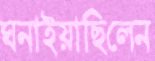
ঘনাইয়াছিলেন